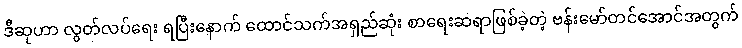
ဒီဆုဟာ လွတ်လပ်ရေး ရပြီးနောက် ထောင်သက်အရှည်ဆုံး စာရေးဆရာဖြစ်ခဲ့တဲ့ ဗန်းမော်တင်အောင်အတွက်